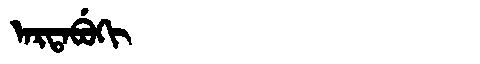
Manchu: ᠠᡵᡨᠠᠪᡠᡴᡳ
Romanization: ARTABUKI